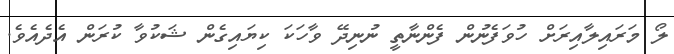
ލޯ މަރައިލާއިރަށް ހުވަފެނުން ފެންނާތީ ނުނިދޭ ވާހަކަ ކިޔައިގެން ޝަކުވާ ކުރަން އެދެއެވެ.